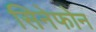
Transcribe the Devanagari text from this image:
सिनेफोन